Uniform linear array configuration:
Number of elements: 12
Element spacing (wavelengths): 0.75
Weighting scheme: binomial
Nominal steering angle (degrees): -15
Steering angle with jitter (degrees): -14.295
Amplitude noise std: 0.05
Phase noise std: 0.05

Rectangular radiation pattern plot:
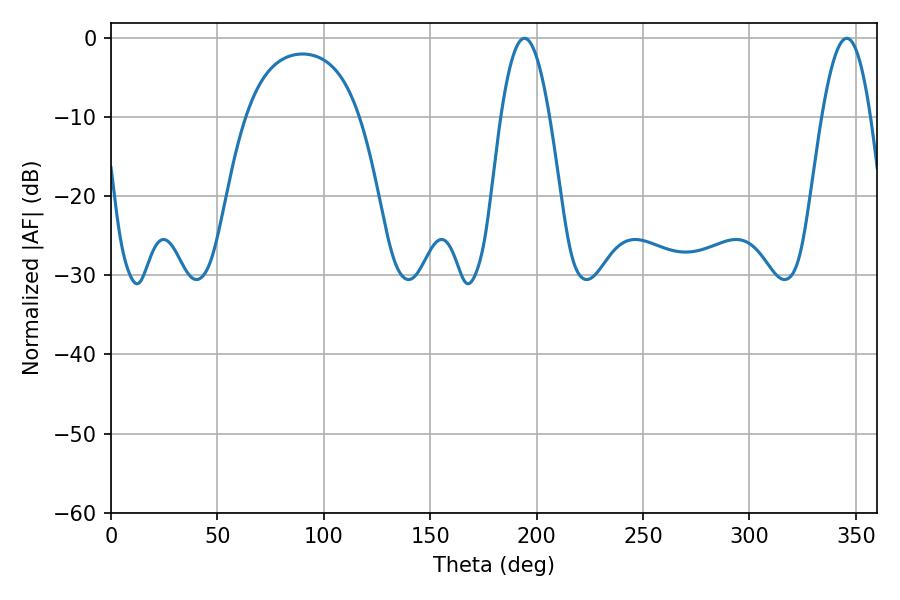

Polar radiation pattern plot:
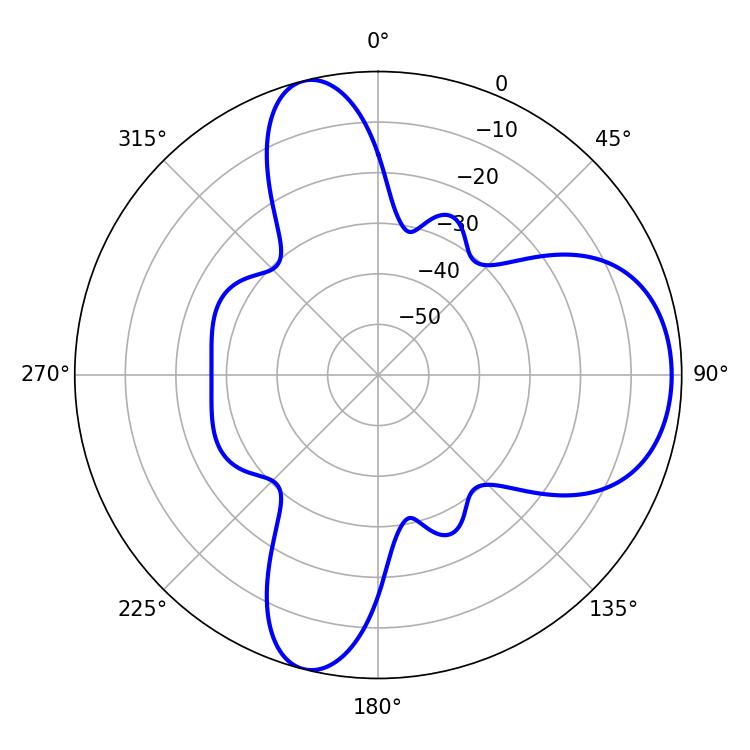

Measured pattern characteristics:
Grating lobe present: TRUE
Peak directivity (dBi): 8.585
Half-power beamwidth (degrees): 12.42
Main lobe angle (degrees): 194.22